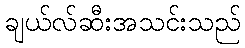
ချယ်လ်ဆီးအသင်းသည်